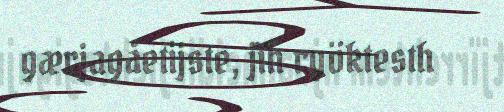
gærjagåetijste, jïh ryöktesth